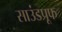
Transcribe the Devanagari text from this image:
साउंडप्रूफ